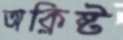
অক্লিষ্ট